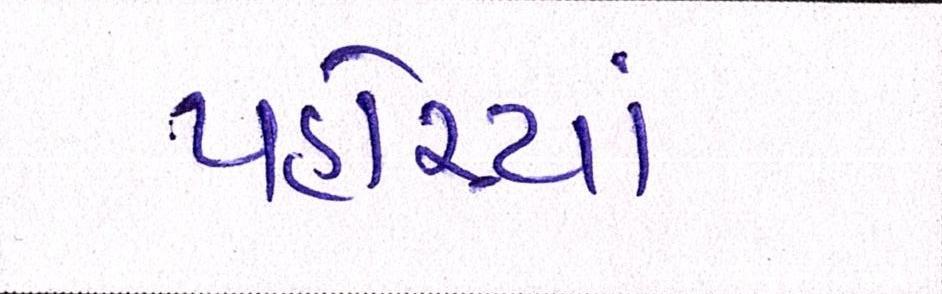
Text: પહોંચ્યાં